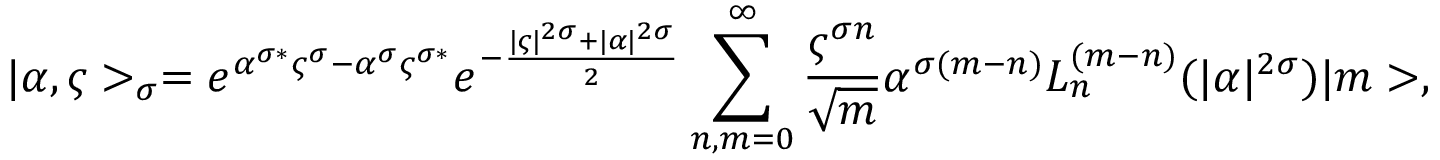
| \alpha , \varsigma > _ { \sigma } = e ^ { \alpha ^ { \sigma \ast } \varsigma ^ { \sigma } - \alpha ^ { \sigma } \varsigma ^ { \sigma \ast } } e ^ { - \frac { | \varsigma | ^ { 2 \sigma } + | \alpha | ^ { 2 \sigma } } { 2 } } \sum _ { n , m = 0 } ^ { \infty } \frac { \varsigma ^ { \sigma n } } { \sqrt { m } } \alpha ^ { \sigma ( m - n ) } L _ { n } ^ { ( m - n ) } ( | \alpha | ^ { 2 \sigma } ) | m > ,